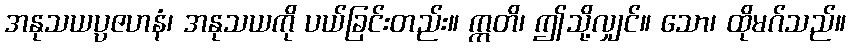
အနုသယပ္ပဇဟနံ၊ အနုသယကို ပယ်ခြင်းတည်း။ ဣတိ၊ ဤသို့လျှင်။ သော၊ ထိုမဂ်သည်။